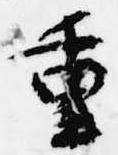
重